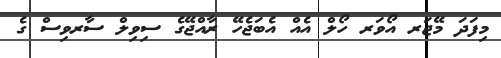
މިފަދަ މޭޖަރ އޯވަރ ހޯލް އެއް އެބަޖެހޭ ރާއްޖޭގެ ސިވިލް ސާރވިސް ގެ